Reports on dispensaries and lunatic asylums in the Province of Oudh - 1869-1876
Year: 1869
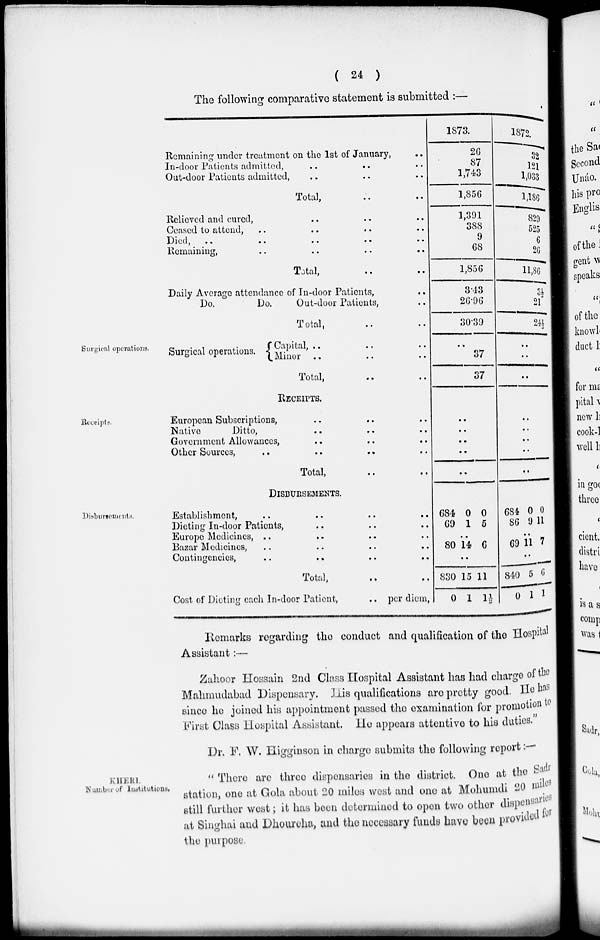
( 24 )
The following comparative statement is submitted :—
Remaining under treatment on the 1st of January, ..
In-door Pátients admitted, .. .. ..
Out-door Patients admitted, .. .. ..
Total, .. ..
Relieved and cured, .. .. ..
Ceased to attend, .. .. .. ..
Died, .. .. .. .. ..
Remaining, .. .. ..
Total, .. ..
Daily Average attendance of In-door Patients, ..
Do.
Do.
Out-door Patients, ..
Total, .. ..
1873.
26
87
1,743
1,856
1,391
388
9
68
1,856
3.43
26.96
30.39
1872.
32
121
1,033
1,186
829
525
6
26
11,86
3½
21
24½
Surgical operations.
Surgical operations.
Capital, .. .. ..
Minor, .. .. ..
Total, .. ..
..
37
37
..
..
..
Receipts.
RECEIPTS.
European Subscriptions, .. .. ..
Native
Ditto, .. .. ..
Government Allowances, .. .. ..
Other Sources, .. .. ..
Total, .. ..
..
..
..
..
..
..
..
..
..
..
Disbursements.
DISBURSEMENTS.
Establishment, .. .. .. ..
Dieting In-door Patients, .. .. ..
Europe Medicines, .. .. .. ..
Bazar Medicines, .. .. .. ..
Contingencies, .. .. .. ..
Total, .. ..
Cost of Dieting each In-door Patient,
.. per diem,
684
69
0
1
0
5
..
80 14 6
..
830
0
15
1
11
1½
684
86
0
9
0
11
..
69 11 7
..
840
0
5
1
6
1
Remarks regarding the conduct and qualification of the Hospital
Assistant:—
Zahoor Hossain 2nd Class Hospital Assistant has had charge of the
Mahmudabad Dispensary. his qualifications arc pretty good. He has
since he joined his appointment passed the examination for promotion to
First Class Hospital Assistant. He appears attentive to his duties.
Dr. F. W. Higginson in charge submits the following report:—
KHERI.
Number of Institutions.
" There arc three dispensaries in the district. One at the sadr
station, one at Gola about 20 miles west and one at Mohumdi 20 miles
still further west ; it has been determined to open two other dispensaries
at Singhai and Dhourcha, and the necessary funds have been provided for
the purpose.